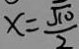
x = \frac { \sqrt { 1 0 } } { 2 }